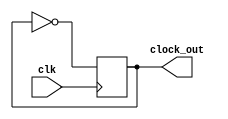
module clock_and_mem_clock(clk, clock_out);
	// Notice that in .vwf, it is clock_out

	input 		clk;

	output 		clock_out;

	reg 		clock_out;


	initial
	begin
		clock_out = 0;
	end

	always @(posedge clk)
	begin
		clock_out <= ~ clock_out;		
	end
	

endmodule